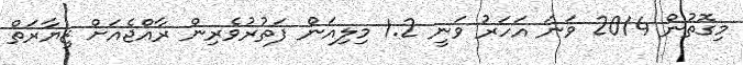
މިގޮތުން 2014 ވަނަ އަހަރު ވަނީ 1.2 މިލިއަން ފަތުރުވެރިން ރާއްޖެއަށް ޒިޔާރަތް